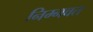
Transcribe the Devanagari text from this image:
निम्‍नवत